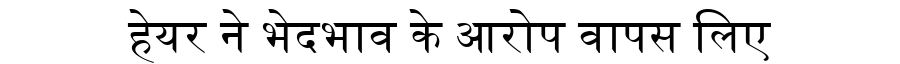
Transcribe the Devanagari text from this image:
हेयर ने भेदभाव के आरोप वापस लिए